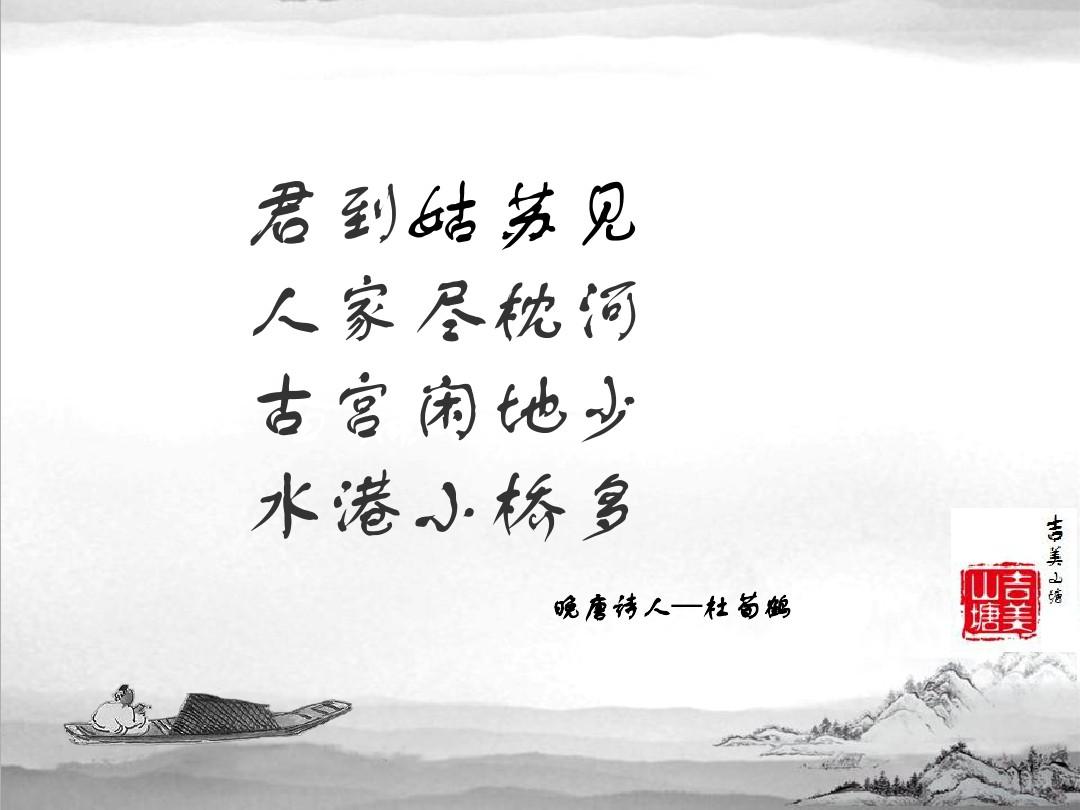
君到姑苏见，人家尽枕河。